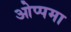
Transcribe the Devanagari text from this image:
ओप्पमा